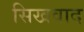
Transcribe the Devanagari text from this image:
सिखवाद